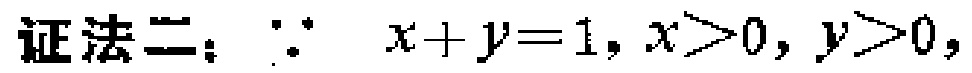
证法二：\(\because x + y = 1, x > 0, y > 0,\)